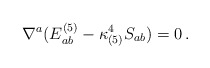
\begin{align*}\nabla^a (E^{(5)}_{ab}-\kappa^4_{(5)}S_{ab}) = 0 \,. \end{align*}